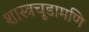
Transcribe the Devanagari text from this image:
शास्त्रचूडामणि